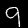
Label: 9